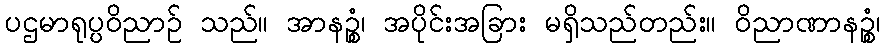
ပဌမာရုပ္ပဝိညာဉ် သည်။ အာနဉ္စံ၊ အပိုင်းအခြား မရှိသည်တည်း။ ဝိညာဏာနဉ္စံ၊